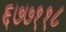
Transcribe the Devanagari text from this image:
६७७११८